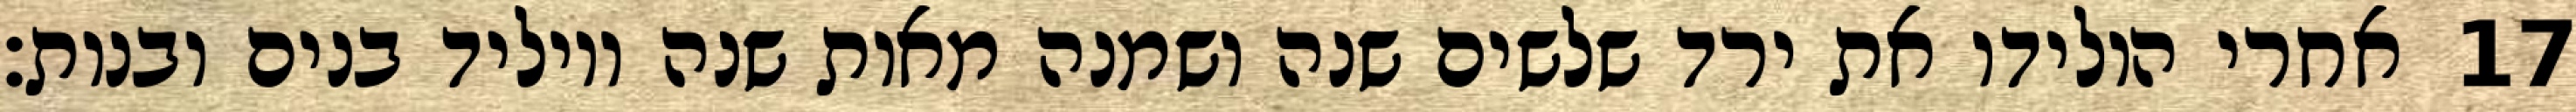
אחרי הולידו את ירד שלשים שנה ושמנה מאות שנה ויוליד בנים ובנות׃ ‎17‏